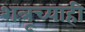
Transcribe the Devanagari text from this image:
शत्रूच्याही